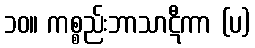
၁၀။ ကစ္စည်းဘာသာဋီကာ (ပ)